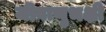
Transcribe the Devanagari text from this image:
जीवाणुभक्षी